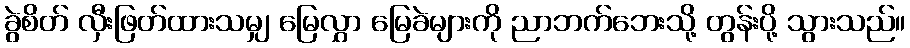
ခွဲစိတ် လှီးဖြတ်ထားသမျှ မြေလွှာ မြေခဲများကို ညာဘက်ဘေးသို့ တွန်းပို့ သွားသည်။